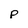
Character: p